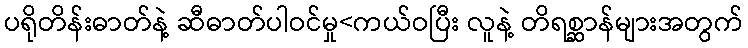
ပရိုတိန်းဓာတ်နဲ့ ဆီဓာတ်ပါဝင်မှု<ကယ်ဝပြီး လူနဲ့ တိရစ္ဆာန်များအတွက်